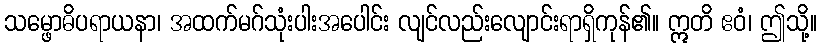
သမ္ဖောဓိပရာယနာ၊ အထက်မဂ်သုံးပါးအပေါင်း လျင်လည်းလျောင်းရာရှိကုန်၏။ ဣတိ ဧဝံ၊ ဤသို့။